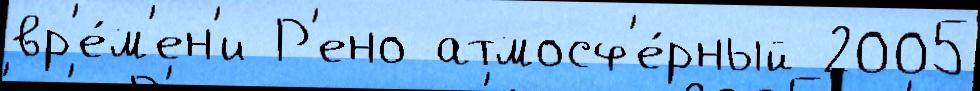
вр'е́м'ен'и Р'ено атмосф'е́рный 2005